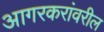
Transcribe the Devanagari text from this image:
आगरकरांवरील